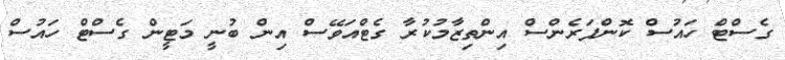
ގެސްޓް ހައުސް ކޮންފަރެންސް އިންތިޒާމުކުރާ ގެޓްއަވޭސް އިން ބުނީ މަޓީން ގެސްޓް ހައުސް